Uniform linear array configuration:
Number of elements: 4
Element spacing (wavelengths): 0.75
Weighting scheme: binomial
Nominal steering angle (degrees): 45
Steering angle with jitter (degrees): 44.132
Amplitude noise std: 0.05
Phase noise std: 0.05

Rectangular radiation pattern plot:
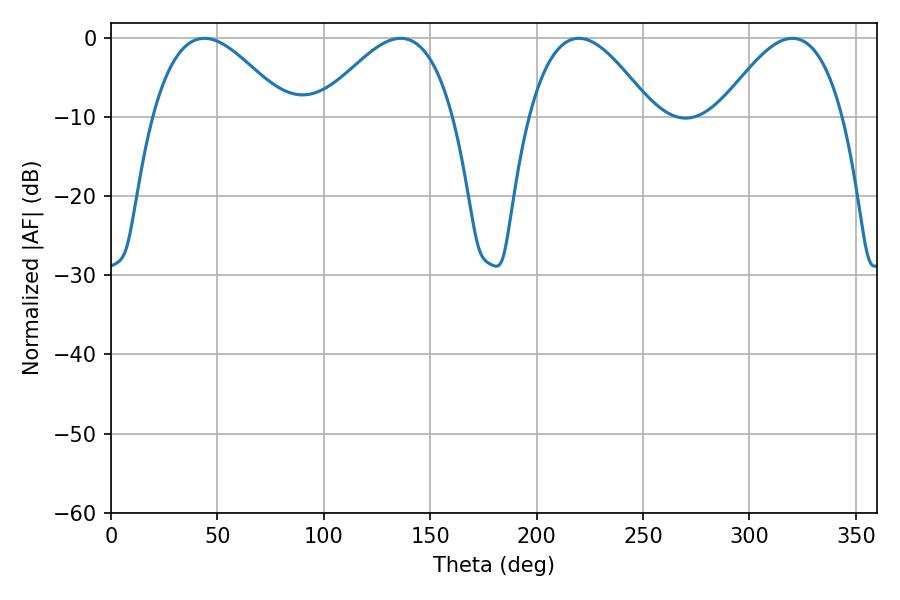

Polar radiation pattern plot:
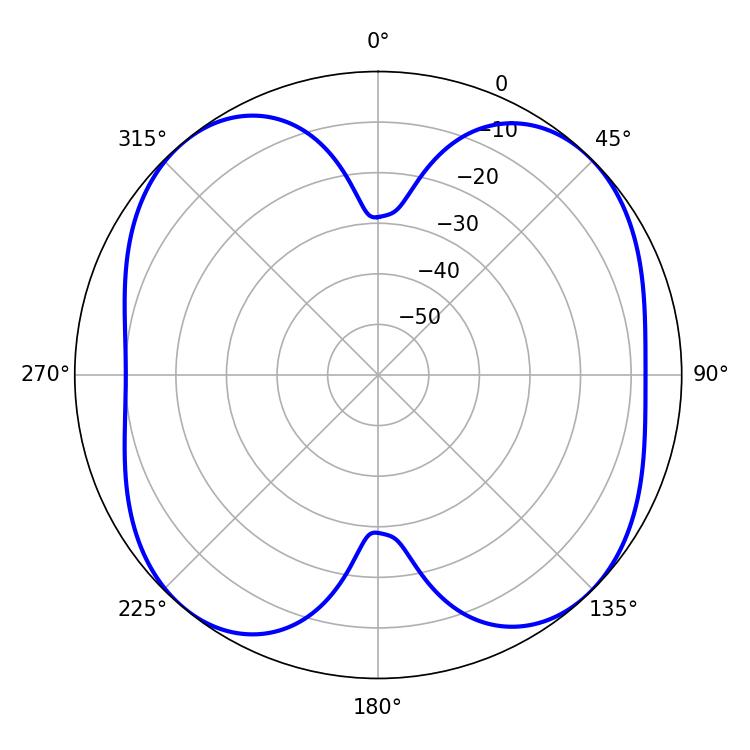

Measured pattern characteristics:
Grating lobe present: TRUE
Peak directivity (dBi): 11.506
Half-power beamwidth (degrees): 31.68
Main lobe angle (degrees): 219.78